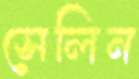
সেলিন